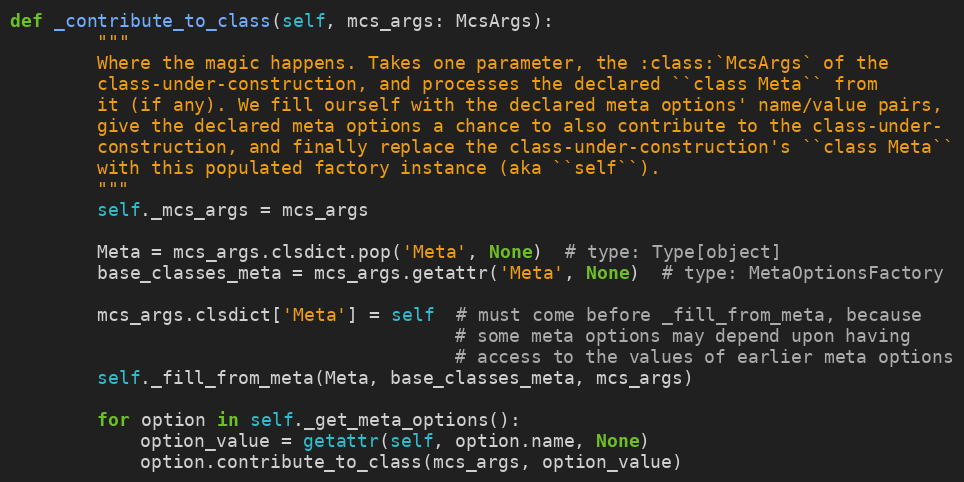
Language: Python
def _contribute_to_class(self, mcs_args: McsArgs):
        """
        Where the magic happens. Takes one parameter, the :class:`McsArgs` of the
        class-under-construction, and processes the declared ``class Meta`` from
        it (if any). We fill ourself with the declared meta options' name/value pairs,
        give the declared meta options a chance to also contribute to the class-under-
        construction, and finally replace the class-under-construction's ``class Meta``
        with this populated factory instance (aka ``self``).
        """
        self._mcs_args = mcs_args

        Meta = mcs_args.clsdict.pop('Meta', None)  # type: Type[object]
        base_classes_meta = mcs_args.getattr('Meta', None)  # type: MetaOptionsFactory

        mcs_args.clsdict['Meta'] = self  # must come before _fill_from_meta, because
                                         # some meta options may depend upon having
                                         # access to the values of earlier meta options
        self._fill_from_meta(Meta, base_classes_meta, mcs_args)

        for option in self._get_meta_options():
            option_value = getattr(self, option.name, None)
            option.contribute_to_class(mcs_args, option_value)